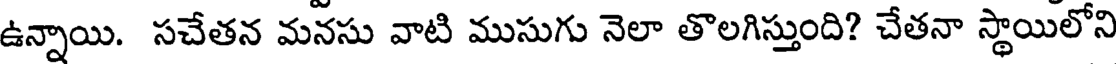
ఉన్నాయి. సచేతన మనసు వాటి ముసుగు నెలా తొలగిస్తుంది? చేతనా స్థాయిలోని